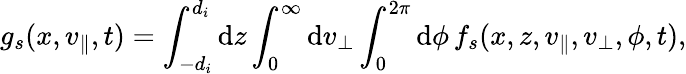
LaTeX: g_{s}(x,v_{\parallel},t)=\int_{-d_{i}}^{d_{i}}\mathrm{d}z\int_{0}^{\infty}\mathrm{d}v_{\perp}\int_{0}^{2\pi}\mathrm{d}\phi\, f_{s}(x,z,v_{\parallel},v_{\perp},\phi,t),